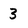
Character: 3